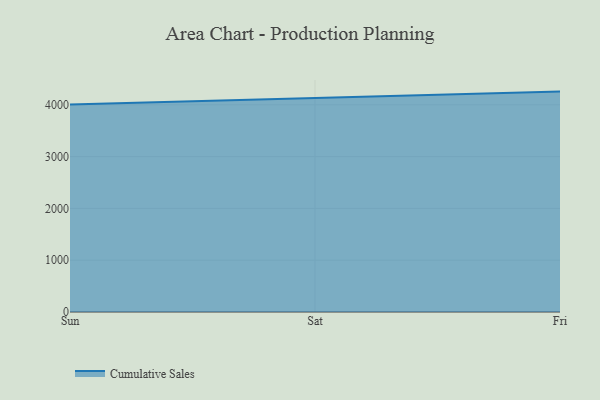
{"axis": {"x": "Day", "y": "Market Share (%)"}, "legend": ["Cumulative Sales"], "data": [{"x": "Sun", "y": 4007.2, "type": "Cumulative Sales"}, {"x": "Sat", "y": 4133.5, "type": "Cumulative Sales"}, {"x": "Fri", "y": 4255.2, "type": "Cumulative Sales"}]}